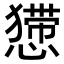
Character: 𢢐